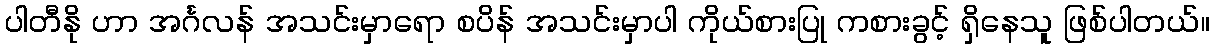
ပါတီနို ဟာ အင်္ဂလန် အသင်းမှာရော စပိန် အသင်းမှာပါ ကိုယ်စားပြု ကစားခွင့် ရှိနေသူ ဖြစ်ပါတယ်။